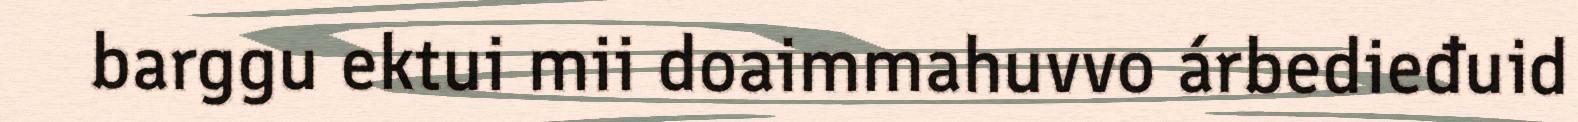
barggu ektui mii doaimmahuvvo árbedieđuid